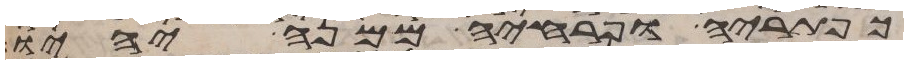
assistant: כפתריה ופרחיה ממנה יהיו